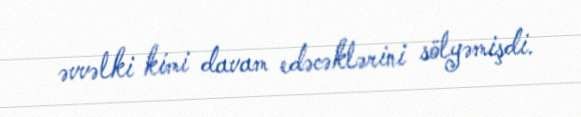
əvvəlki kimi davam edəcəklərini sölyəmişdi.